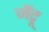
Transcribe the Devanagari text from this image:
जेंटू